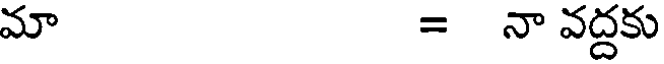
మా = నా వద్దకు